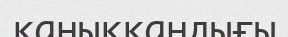
қаныққандығы